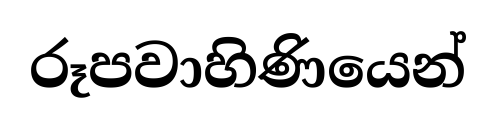
රූපවාහිණියෙන්